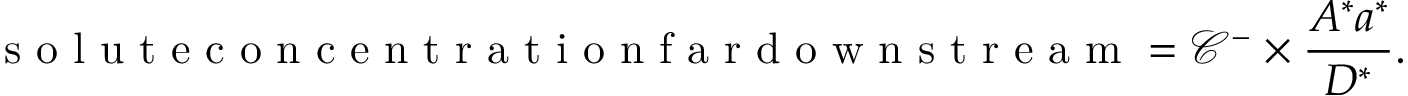
\mathrm { ~ s ~ o ~ l ~ u ~ t ~ e ~ c ~ o ~ n ~ c ~ e ~ n ~ t ~ r ~ a ~ t ~ i ~ o ~ n ~ f ~ a ~ r ~ d ~ o ~ w ~ n ~ s ~ t ~ r ~ e ~ a ~ m ~ } = \mathcal { C } ^ { - } \times \frac { A ^ { * } a ^ { * } } { D ^ { * } } .